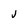
Character: j